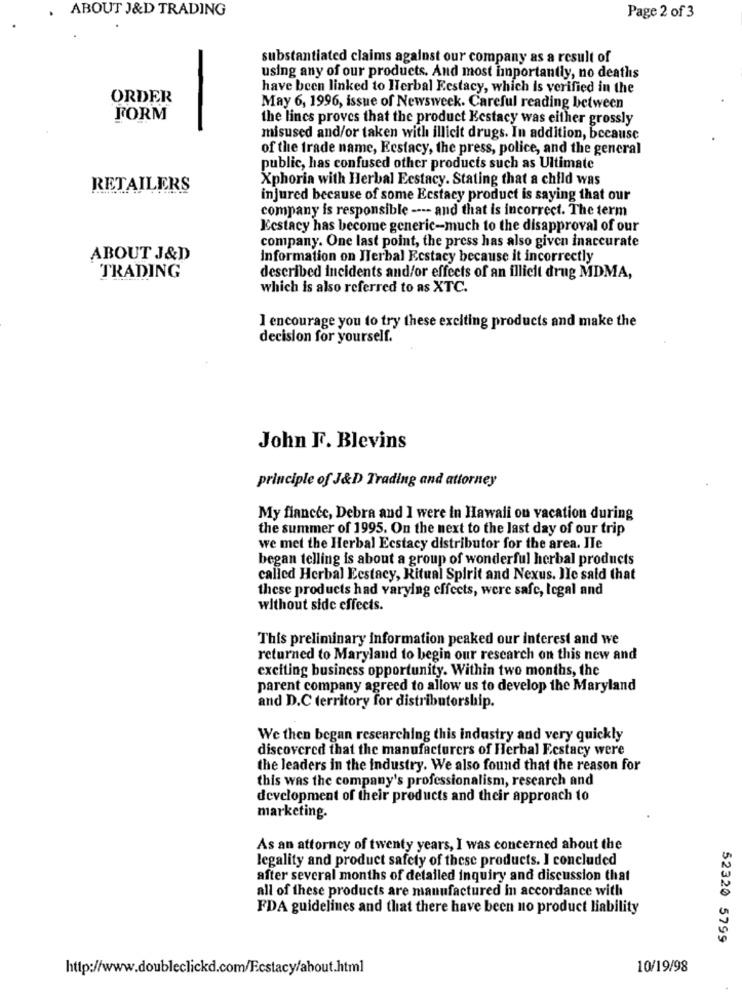
ABOUT J&D TRADING
Page 2 of 3
substantiated claims against our company as a result of
using any of our products. And most importantly, no deaths
have been linked to Herbal Ecstacy, which is verified in the
ORDER
May 6, 1996, issue of Newsweek. Careful reading between
FORM
the lines proves that the product Kestacy was either grossly
misused and/or taken with illicit drugs. In addition, because
of the trade name, Ecstacy, the press, police, and the general
public, has confused other products such as Ultimate
Xphoria with Herbal Ecstacy. Stating that a child was
RETAILERS
injured because of some Ecstacy product is saying that our
company is responsible ---- and that is incorrect. The term
Ecstacy has become generic-much to the disapproval of our
company. One last point, the press has also given inaccurate
ABOUT J&D
Information on Jerbal Ecstacy because it incorrectly
TRADING
described incidents and/or effects of an illicit drug MDMA,
which is also referred to as XTC.
I encourage you to try these exciting products and make the
decision for yourself.
John F. Blevins
principle of J&D Trading and attorney
My fiancée, Debra and I were in Hawaii on vacation during
the summer of 1995. On the next to the last day of our trip
we met the Herbal Ecstacy distributor for the area. Ile
began telling is about a group of wonderful herbal products
called Herbal Ecstacy, Ritual Spirit and Nexus. Je said that
these products had varying effects, were safe, legal and
without side effects.
This preliminary information peaked our interest and we
returned to Maryland to begin our research on this new and
exciting business opportunity. Within two months, the
parent company agreed to allow us to develop the Maryland
and D.C territory for distributorship.
We then began researching this industry and very quickly
discovered that the manufacturers of Herbal Ecstacy were
the leaders in the industry. We also found that the reason for
this was the company's professionalism, research and
development of their products and their approach to
marketing.
As an attorney of twenty years, I was concerned about the
legality and product safety of these products. I concluded
after several months of detailed inquiry and discussion that
all of these products are manufactured in accordance with
FDA guidelines and that there have been no product liability
52320 5799
http://www.doubleclickd.com/Ecstacy/about.html
10/19/98